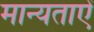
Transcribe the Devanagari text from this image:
मान्यताऐं